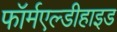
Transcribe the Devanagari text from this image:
फॉर्मएल्डीहाइड